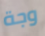
وجة